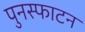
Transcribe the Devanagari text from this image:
पुनस्फाटन